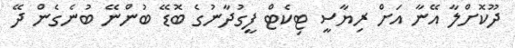
ދޫކޮށްލާ އޭނާ އަށް ރިޔާސީ ޓިކެޓް ފީގުދާނުގެ ބޮޑޭ ބުންނޭ ބުނެގެން ދޭ